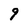
Character: 9